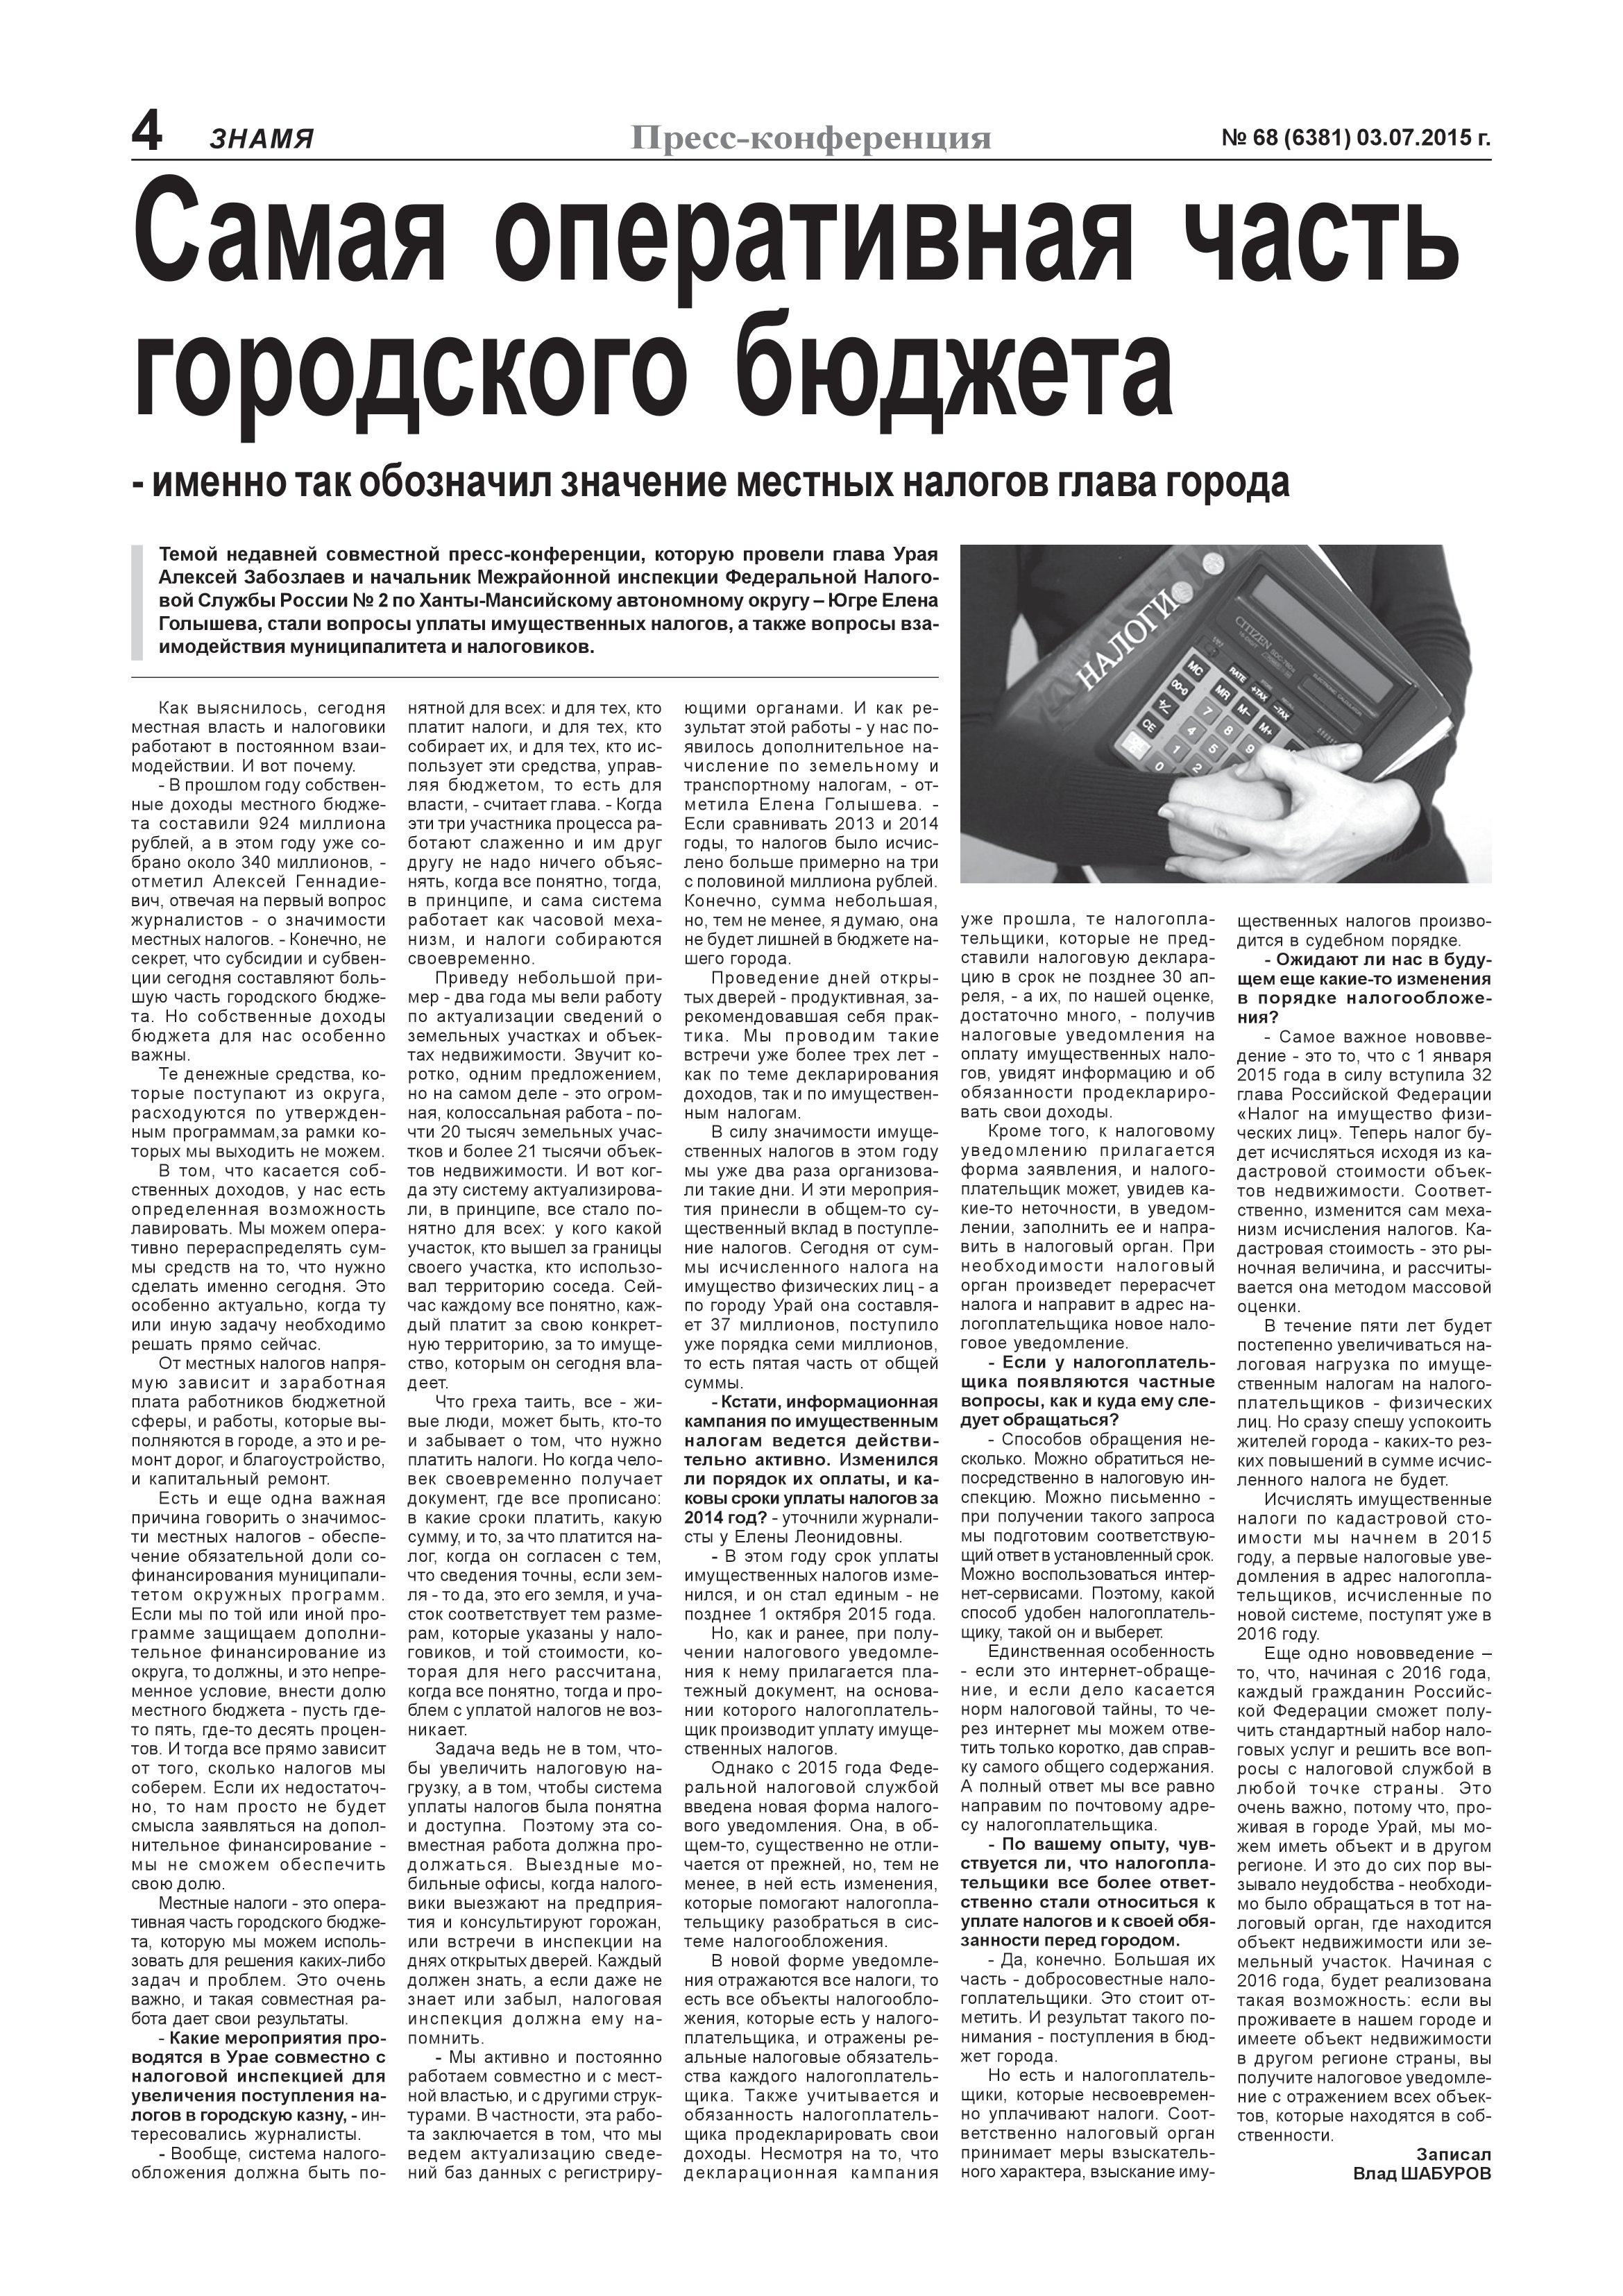
Language: ru